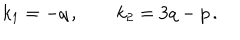
k _ { 1 } = - q \, , \qquad k _ { 2 } = 3 q - p \, .